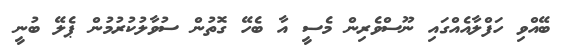
ބޭއްވި ހަފްލާއެއްގައި ނޫސްވެރިން މެސީ އާ ބެހޭ ގޮތުން ސުވާލުކުރުމުން ޕެލޭ ބުނީ